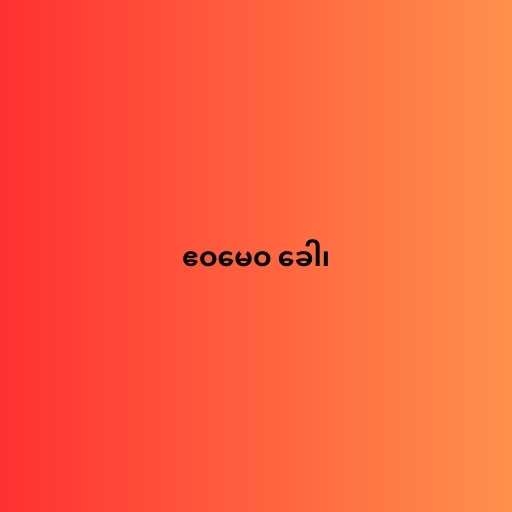
ဧဝမေဝ ခေါ၊